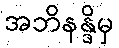
အဘိနန္ဒိမှ